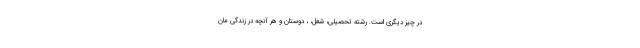
در چیز دیگری است. رشته تحصیلی، شغل، ، دوستان و هر آنچه در زندگی مان